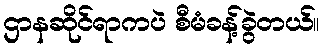
ဌာနဆိုင်ရာကပဲ စီမံခန့်ခွဲတယ်။